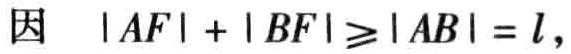
因 \(|AF| + |BF|\geqslant|AB| = l\)，